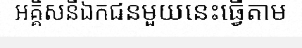
អគ្គិសនីឯកជនមួយនេះធ្វើតាម